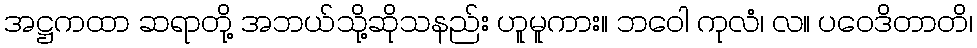
အဋ္ဌကထာ ဆရာတို့ အဘယ်သို့ဆိုသနည်း ဟူမူကား။ ဘဝေါ ကုလံ၊ လ။ ပဝေဒိတာတိ၊